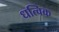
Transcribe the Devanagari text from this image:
धत्विक